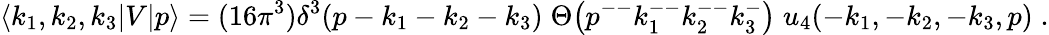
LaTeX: \langle k_{1},k_{2},k_{3}|V|p\rangle=(16\pi^{3})\delta^{3}(p-k_{1}-k_{2}-k_{3})\; \Theta\bigl(p^{--}k_{1}^{--}k_{2}^{--}k_{3}^{-}\bigr)\; u_{4}(-k_{1},-k_{2},-k_{3},p)\; .